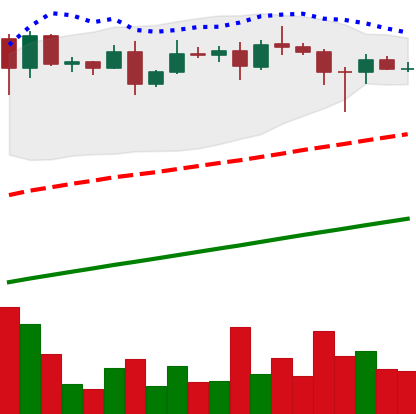
Ticker: ADA-USD
Chart end date: 2020-08-15
Forward return: -3.37%
Label: down_3_5